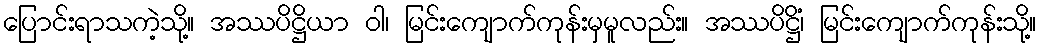
ပြောင်းရာသကဲ့သို့။ အဿပိဋ္ဌိယာ ဝါ၊ မြင်းကျောက်ကုန်းမှမူလည်း။ အဿပိဋ္ဌိံ၊ မြင်းကျောက်ကုန်းသို့။